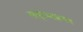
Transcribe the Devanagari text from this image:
साष्ट्राध्यक्षगण